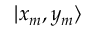
| x _ { m } , y _ { m } \rangle